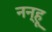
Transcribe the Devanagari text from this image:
नन्हू